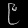
Digit: ၉